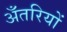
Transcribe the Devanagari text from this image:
अँतरियों